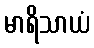
မာရိသာယံ